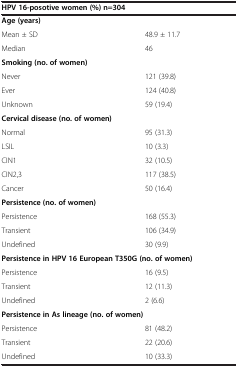
<table><thead><tr><td colspan="2"><b>HPV 16-posotive women (%) n=304</b></td></tr></thead><tbody><tr><td><b>Age (years)</b></td><td> </td></tr><tr><td>Mean ± SD</td><td>48.9 ± 11.7</td></tr><tr><td>Median</td><td>46</td></tr><tr><td colspan="2"><b>Smoking (no. of women)</b></td></tr><tr><td>Never</td><td>121 (39.8)</td></tr><tr><td>Ever</td><td>124 (40.8)</td></tr><tr><td>Unknown</td><td>59 (19.4)</td></tr><tr><td colspan="2"><b>Cervical disease (no. of women)</b></td></tr><tr><td>Normal</td><td>95 (31.3)</td></tr><tr><td>LSIL</td><td>10 (3.3)</td></tr><tr><td>CIN1</td><td>32 (10.5)</td></tr><tr><td>CIN2,3</td><td>117 (38.5)</td></tr><tr><td>Cancer</td><td>50 (16.4)</td></tr><tr><td colspan="2"><b>Persistence (no. of women)</b></td></tr><tr><td>Persistence</td><td>168 (55.3)</td></tr><tr><td>Transient</td><td>106 (34.9)</td></tr><tr><td>Undefined</td><td>30 (9.9)</td></tr><tr><td colspan="2"><b>Persistence in HPV 16 European T350G (no. of women)</b></td></tr><tr><td>Persistence</td><td>16 (9.5)</td></tr><tr><td>Transient</td><td>12 (11.3)</td></tr><tr><td>Undefined</td><td>2 (6.6)</td></tr><tr><td colspan="2"><b>Persistence in As lineage (no. of women)</b></td></tr><tr><td>Persistence</td><td>81 (48.2)</td></tr><tr><td>Transient</td><td>22 (20.6)</td></tr><tr><td>Undefined</td><td>10 (33.3)</td></tr></tbody></table>